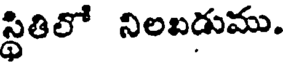
స్థితిలో నిలబడుము.